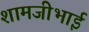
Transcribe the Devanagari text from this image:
शामजीभाई